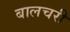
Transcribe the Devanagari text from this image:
बालचरी